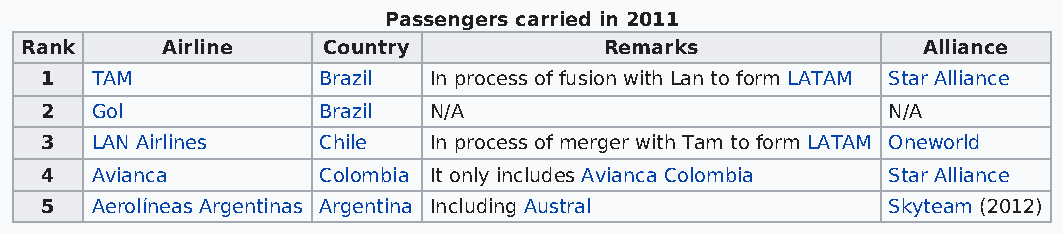
Passengers carried in 2011
 Rank      Airline   Country            Remarks              Alliance
 1  TAM            Brazil In process of fusion with Lan to form LATAM Star Alliance
 2  Gol            Brazil N/A                            N/A
 3  LAN Airlines   Chile  In process of merger with Tam to form LATAM Oneworld
 4  Avianca        Colombia It only includes Avianca Colombia Star Alliance
 5  Aerolíneas Argentinas Argentina Including Austral    Skyteam (2012)